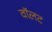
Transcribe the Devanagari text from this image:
वॉलट